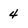
Character: 4